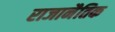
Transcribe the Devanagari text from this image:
राजानैतिक